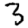
Digit: 3